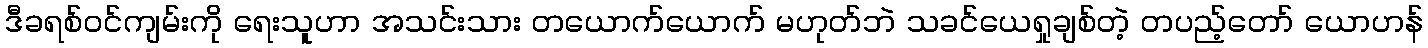
ဒီခရစ်ဝင်ကျမ်းကို ရေးသူဟာ အသင်းသား တယောက်ယောက် မဟုတ်ဘဲ သခင်ယေရှုချစ်တဲ့ တပည့်တော် ယောဟန်